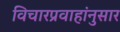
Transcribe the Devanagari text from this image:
विचारप्रवाहांनुसार